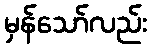
မှန်သော်လည်း